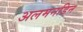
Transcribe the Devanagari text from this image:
अलमनडिन